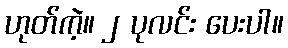
ဟုတ်ကဲ့။ ၂ ပုလင်း ပေးပါ။